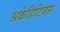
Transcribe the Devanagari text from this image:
अक्रेडिटिवस